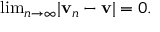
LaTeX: { \mathrm { l i m } } _ { n \rightarrow \infty } | \mathbf { v } _ { n } - \mathbf { v } | = 0 .